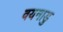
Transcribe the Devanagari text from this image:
वयनाडु